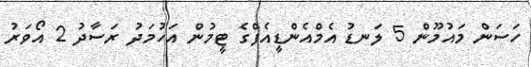
ހަސަން މައުމޫން 5 ލަނޑު އެމްއެންޑީއެފްގެ ޓީމުން އަހުމަދު ރަސާދު 2 އޯވަރު